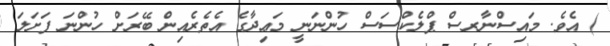
) އެވެ. މައިސްނާރސް ޕްލެކްސަސް ހުންނަނީ މަޢިދާގެ އެތެރެއިން ބޭރަށް ހުންނަ ފަށަލަ